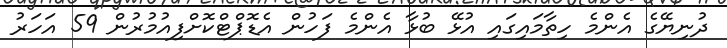
ދުނިޔޭގެ އެންމެ ހިތާމައިގައި އުޅޭ ބުޅާ އެންމެ ފަހުން އެޑޮޕްޓްކޮށްފިއުމުރުން 59 އަހަރު